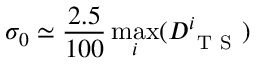
\sigma _ { 0 } \simeq \frac { 2 . 5 } { 1 0 0 } \operatorname* { m a x } _ { i } ( D _ { \mathrm { ~ T ~ S ~ } } ^ { i } )